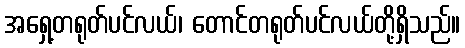
အရှေ့တရုတ်ပင်လယ်၊ တောင်တရုတ်ပင်လယ်တို့ရှိသည်။